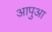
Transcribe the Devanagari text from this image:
आपुआ